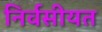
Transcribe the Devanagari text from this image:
निर्वसीयत